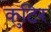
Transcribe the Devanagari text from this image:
कुटिर